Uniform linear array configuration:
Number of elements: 8
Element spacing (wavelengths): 0.5
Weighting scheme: hamming
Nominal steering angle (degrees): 45
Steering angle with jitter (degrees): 45.006
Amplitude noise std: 0.05
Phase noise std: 0.05

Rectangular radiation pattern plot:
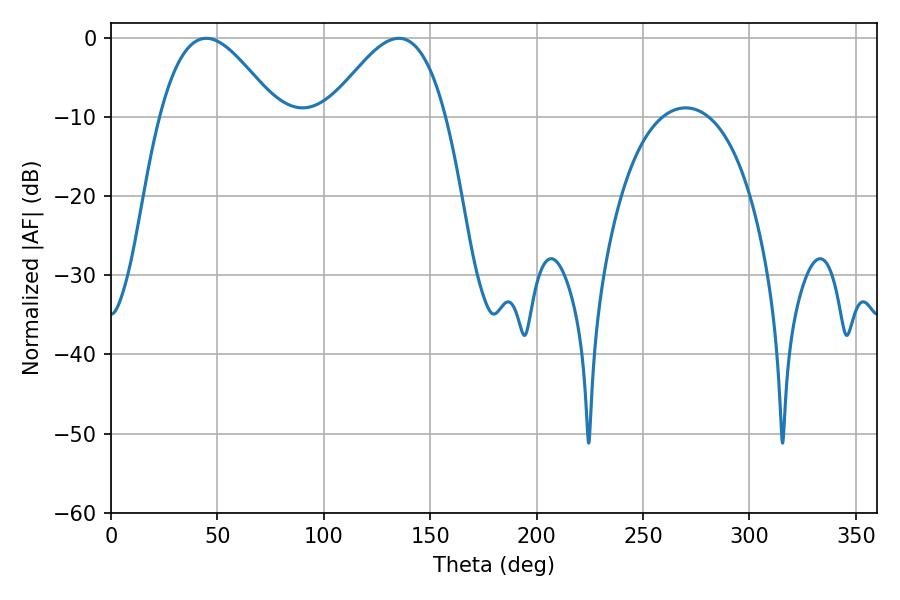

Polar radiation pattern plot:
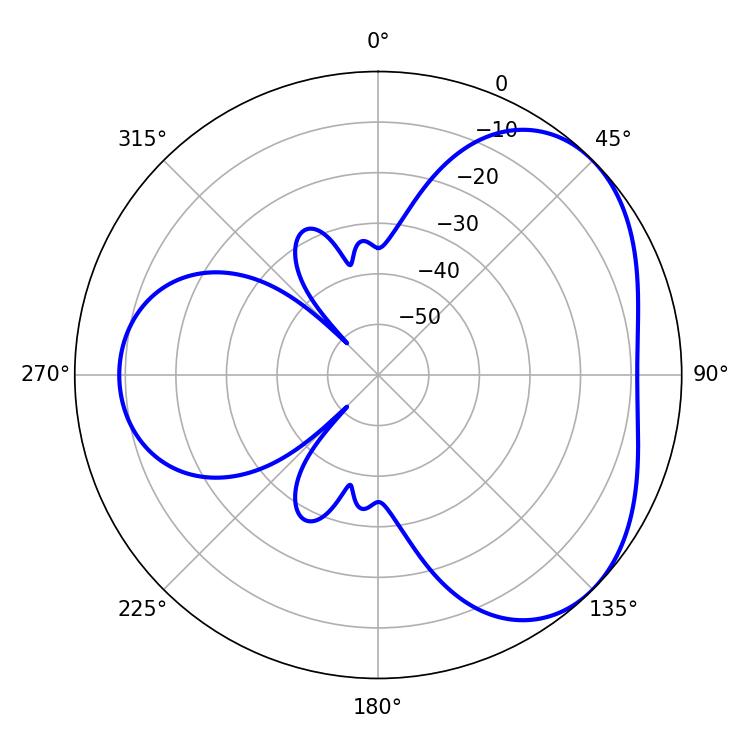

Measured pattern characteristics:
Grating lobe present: FALSE
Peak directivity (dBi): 4.039
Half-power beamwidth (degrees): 29.7
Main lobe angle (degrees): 44.82